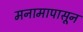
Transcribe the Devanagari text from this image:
मनामापासून